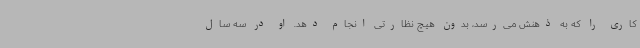
کاری را که به ذهنش می‌رسد، بدون هیچ نظارتی انجام دهد. او در سه سال